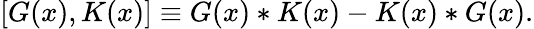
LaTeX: [G(x),K(x)]\equiv G(x)*K(x)-K(x)*G(x).